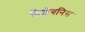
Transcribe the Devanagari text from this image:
हिशेबनिस